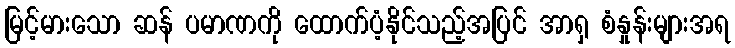
မြင့်မားသော ဆန် ပမာဏကို ထောက်ပံ့နိုင်သည့်အပြင် အာရှ စံနှုန်းများအရ